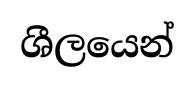
ශීලයෙන්